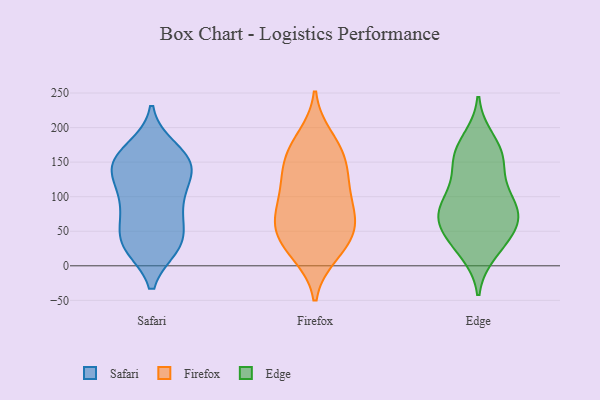
{"axis": {"x": "Customer Acquisition Cost (USD)", "y": "Value"}, "legend": ["Edge", "Firefox", "Safari"], "data": [{"x": "", "y": 33, "type": "Safari"}, {"x": "", "y": 140, "type": "Safari"}, {"x": "", "y": 79, "type": "Safari"}, {"x": "", "y": 154, "type": "Safari"}, {"x": "", "y": 75, "type": "Safari"}, {"x": "", "y": 136, "type": "Safari"}, {"x": "", "y": 36, "type": "Safari"}, {"x": "", "y": 34, "type": "Safari"}, {"x": "", "y": 124, "type": "Safari"}, {"x": "", "y": 156, "type": "Safari"}, {"x": "", "y": 169, "type": "Safari"}, {"x": "", "y": 156, "type": "Safari"}, {"x": "", "y": 29, "type": "Safari"}, {"x": "", "y": 31, "type": "Safari"}, {"x": "", "y": 87, "type": "Safari"}, {"x": "", "y": 139, "type": "Safari"}, {"x": "", "y": 101, "type": "Safari"}, {"x": "", "y": 18, "type": "Firefox"}, {"x": "", "y": 33, "type": "Firefox"}, {"x": "", "y": 52, "type": "Firefox"}, {"x": "", "y": 53, "type": "Firefox"}, {"x": "", "y": 156, "type": "Firefox"}, {"x": "", "y": 71, "type": "Firefox"}, {"x": "", "y": 71, "type": "Firefox"}, {"x": "", "y": 88, "type": "Firefox"}, {"x": "", "y": 108, "type": "Firefox"}, {"x": "", "y": 157, "type": "Firefox"}, {"x": "", "y": 106, "type": "Firefox"}, {"x": "", "y": 136, "type": "Firefox"}, {"x": "", "y": 52, "type": "Firefox"}, {"x": "", "y": 131, "type": "Firefox"}, {"x": "", "y": 16, "type": "Firefox"}, {"x": "", "y": 176, "type": "Firefox"}, {"x": "", "y": 186, "type": "Firefox"}, {"x": "", "y": 61, "type": "Edge"}, {"x": "", "y": 30, "type": "Edge"}, {"x": "", "y": 165, "type": "Edge"}, {"x": "", "y": 76, "type": "Edge"}, {"x": "", "y": 69, "type": "Edge"}, {"x": "", "y": 61, "type": "Edge"}, {"x": "", "y": 20, "type": "Edge"}, {"x": "", "y": 72, "type": "Edge"}, {"x": "", "y": 95, "type": "Edge"}, {"x": "", "y": 94, "type": "Edge"}, {"x": "", "y": 141, "type": "Edge"}, {"x": "", "y": 37, "type": "Edge"}, {"x": "", "y": 152, "type": "Edge"}, {"x": "", "y": 160, "type": "Edge"}, {"x": "", "y": 104, "type": "Edge"}, {"x": "", "y": 182, "type": "Edge"}]}